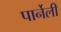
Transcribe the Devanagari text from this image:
पार्नेली